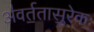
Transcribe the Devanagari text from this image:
अ॑वर्त॒तासु॒रेकः॒